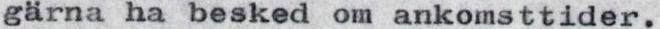
gärna ha besked om ankomsttider.